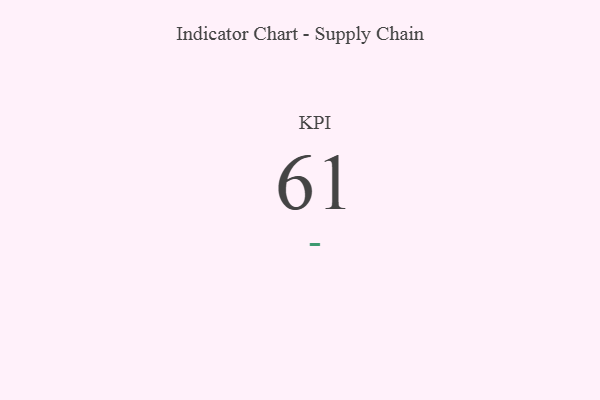
{"axis": {"x": "KPI", "y": "Value"}, "legend": [""], "data": [{"x": "KPI", "y": 61, "type": ""}]}